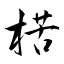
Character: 楛